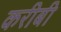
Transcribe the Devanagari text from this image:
करीबी